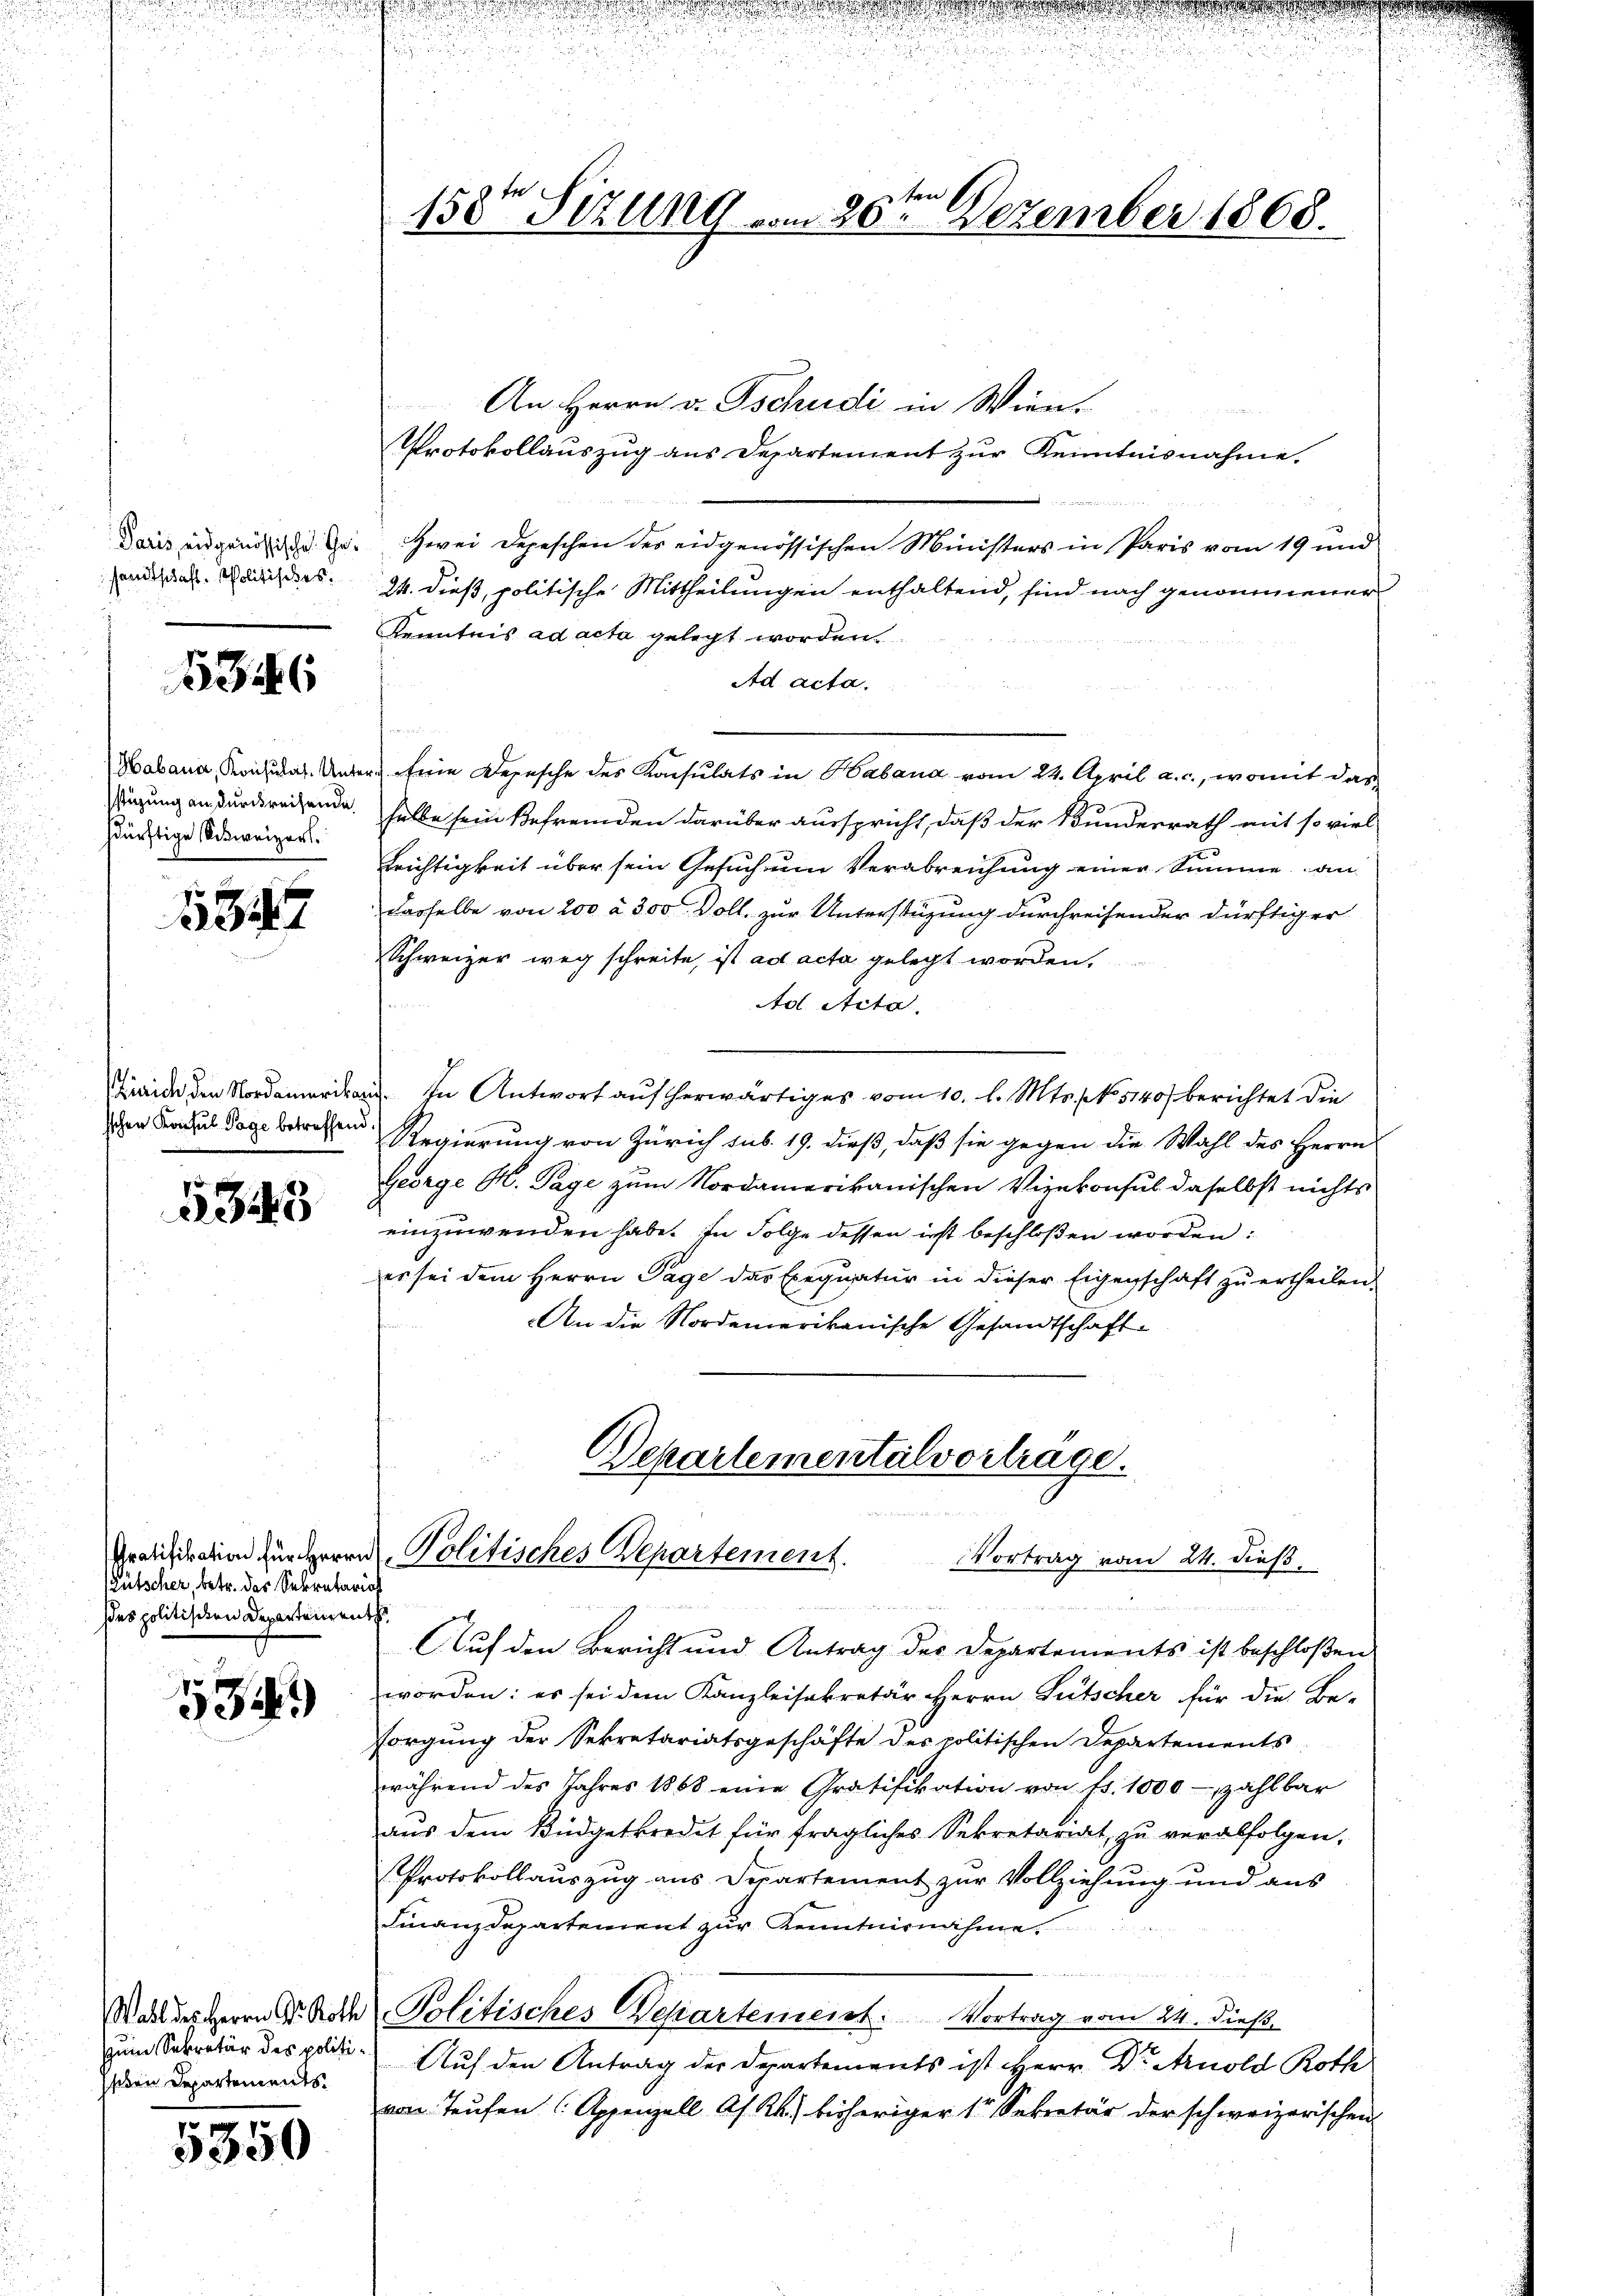
158ten Sizung vom 26ten Dezember 1868.

An Herrn v. Tschudi in Wien.
Protokollauszug aus Departement zur Kenntnisnahme.
Daris eidgenößische G. Zwei Depeschen des eidgenössischen Ministers in Paris vom 19 und
24. dieß, politische Mittheilungen enthaltend, sind nach genommener
Kenntnis ad acta gelegt worden.
Ad acta.
e
Habana, Krons das Unter Eine Depesche des Konsulats in Habana vom 24. April a. c., womit das
sizung an durckreisende halbe sein Befremden darüber ausspricht, daß der Bundesrath mit so viel
Trichtigkeit über sein Gesuch um Verabreichung einer Summe an
dasselbe von 200 à 300 Doll. zur Unterstüzung durchreisender dürftiger
Schweizer weg schreite, ist ad acta gelegt worden,
Ad Acta.
Fide den No In Antwort auf herwärtiges vom 10. l. Mts. No. 5140) berichtet die
Regierung von Zürich sub. 19. dieß, daß sie gegen die Wahl des Herrn
George H. Tage zum Nordamerikanischen Vizekonsul daselbst nichts
einzuwenden habe. In Folge dessen ist beschloßen worden:
er sei dem Herrn Tage das Exequatur in dieser Eigenschaft zŭ ertheilen.
An die Nordamerikanische Gesandtschaft-

samtschaft. Politisches:

5346

sdürftige Schweizer.

1347

sschen Konsul Tage betreffend.

533

Departementalvertrage.
Pralisiration für Herrn Politisches Repartement.
Vortrag vom 24. dieß,

ütscher, betr. das Sekretarios
des politischen Departementh

.
a
Auf den Bericht und Antrag der Departements ist beschloßen
worden: es sei dem Kanzleisekretär Herrn Gutscher für die Be-
sorgung der Sekretariatsgeschäfte des politischen Departements-
während des Jahres 1868 eine Gratifikation von fr. 1000 - zahlbar
aus dem Büdgetkredit für fragliches Sekretariat zu verabfolgen,
Protokollauszug aus Departement zur Vollziehung und aus
Finanzdepartement zur Kenntnisnahme.
Politisches Wesartement. Vortrag vom 24. dieß,
Auf den Antrag der Departements ist Herr Dr. Arnold Roth
von Teufen (Appenzell As. Rh. bisheriger 1 Sekretär der schweizerischen

d                                                     2

1314)

Wahl des Herrn Dr. Roth
zum Sekretär des politi¬
Isten Repartements

5350